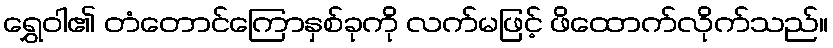
ရွှေဝါ၏ တံတောင်ကြောနှစ်ခုကို လက်မဖြင့် ဖိထောက်လိုက်သည်။